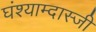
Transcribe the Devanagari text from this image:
घंश्याम्दास्जी